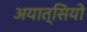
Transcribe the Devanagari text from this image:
अयात्सियो